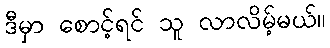
ဒီမှာ စောင့်ရင် သူ လာလိမ့်မယ်။